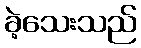
ခဲ့သေးသည်